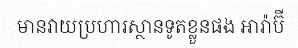
មានវាយប្រហារស្ថានទូតខ្លួនផង អារ៉ាប៊ី